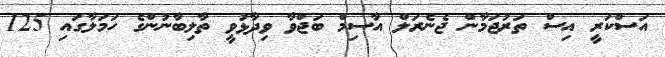
އަސްކަރީ އިސް ތަރުޖަމާން ޖެނެރަލް އާސިމް ބަޖްވާ ވިދާޅުވީ ތާލިބާނުންގެ ހަމަލާގައި 125